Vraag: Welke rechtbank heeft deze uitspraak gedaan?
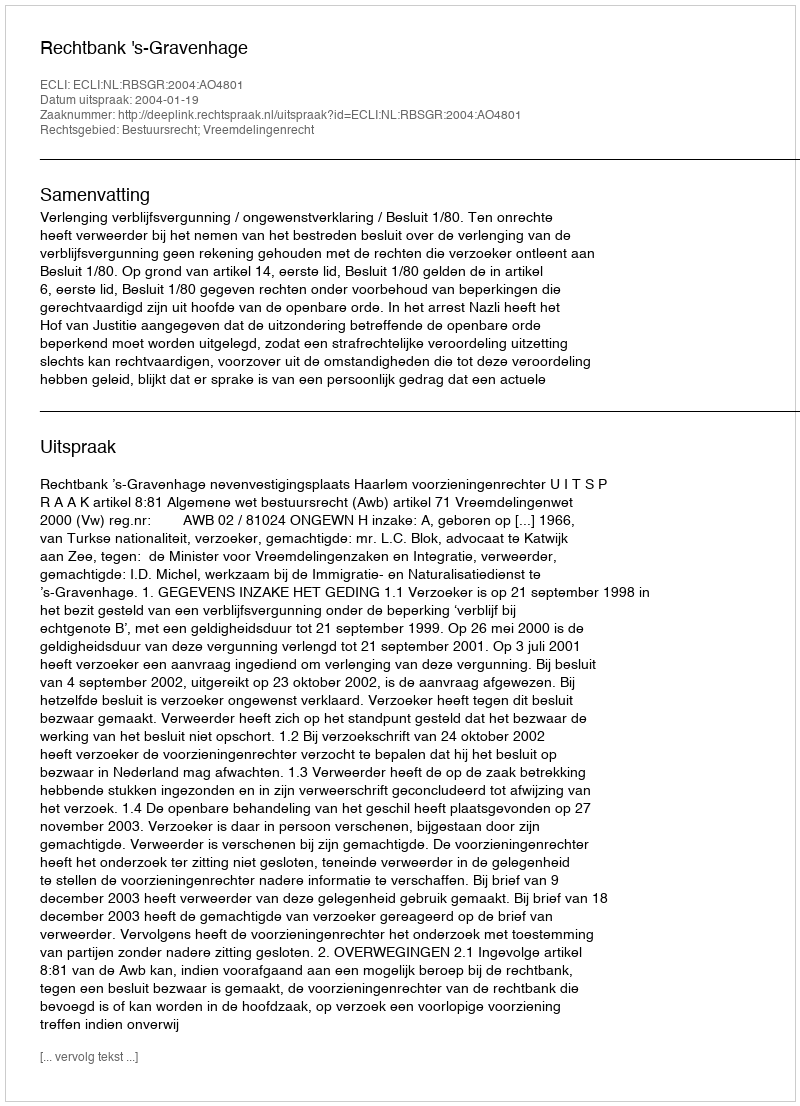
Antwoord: Rechtbank 's-Gravenhage